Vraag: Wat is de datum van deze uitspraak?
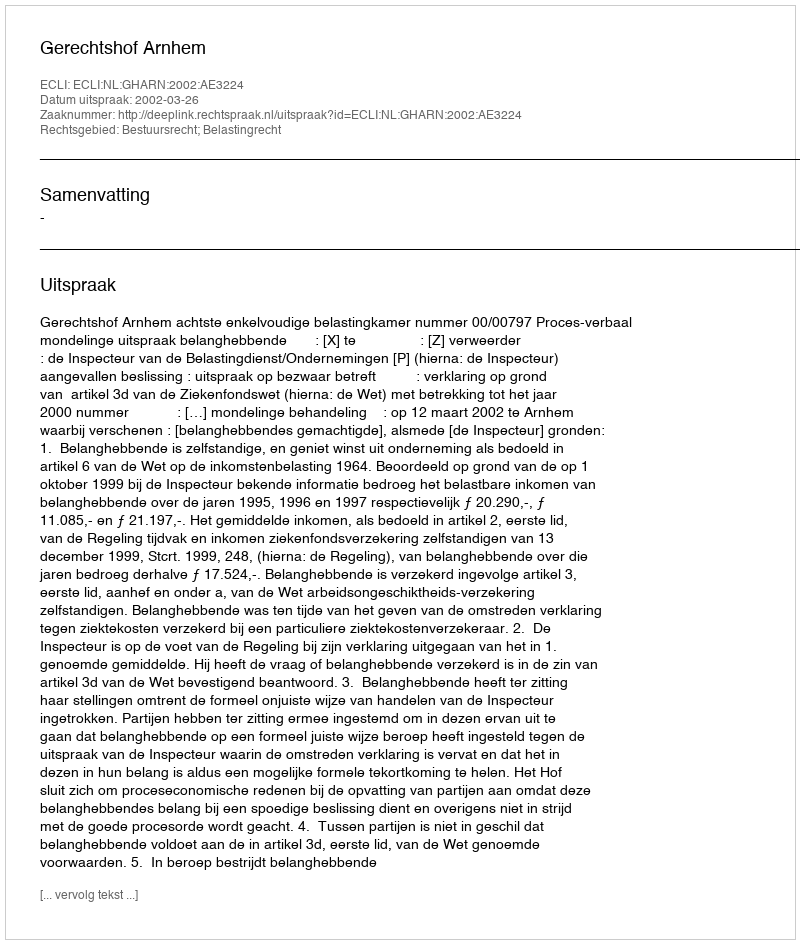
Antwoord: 2002-03-26